Report on the lunatic asylums under the Government of Bombay - 1904-1913
Year: 1904
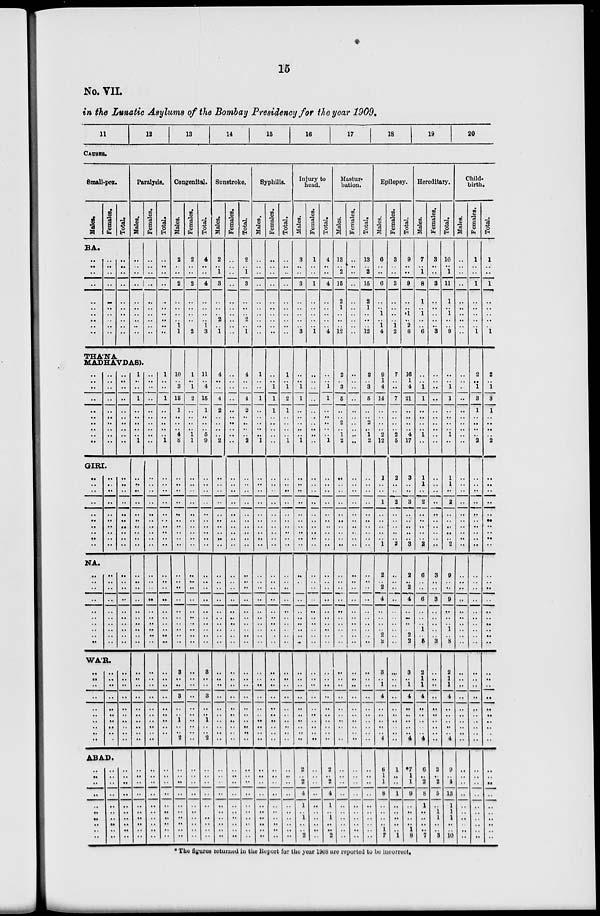
15
No. VII.
in the Lunatic Asylums of the Bombay Presidency for the year 1909.
11
12
13
14
15
16
17
18
19
20
CAUSES.
Small-pox.
Males.
BA.
..
..
..
..
..
..
..
..
..
..
Females.
..
..
..
..
..
..
..
..
..
..
Total.
..
..
..
..
..
..
..
..
..
..
Paralysis.
Males.
..
..
..
..
..
..
..
..
..
..
THÁNA
MADHAVDAS).
..
..
..
..
..
.. ..
..
..
..
..
..
..
..
..
..
..
..
..
..
..
..
..
..
..
..
..
..
..
..
GIRI.
..
..
..
..
.. ..
..
..
..
..
..
..
..
..
..
.. ..
..
..
..
..
..
..
..
..
..
.. ..
..
..
..
..
..
NA.
..
..
..
..
..
..
..
..
..
..
..
..
..
..
..
..
..
..
..
..
..
..
..
..
..
..
..
..
..
..
WÁR.
..
..
..
..
..
..
..
..
..
..
..
..
..
..
..
..
..
..
..
..
..
..
..
..
..
..
..
..
..
..
ABAD.
..
..
..
..
..
..
..
..
..
..
..
..
..
..
..
..
..
..
..
..
..
..
..
..
..
..
..
..
..
..
1
..
..
1
..
..
..
..
..
1
..
..
..
..
.. ..
..
..
..
..
..
..
..
..
..
..
..
..
..
..
..
..
..
..
..
..
..
..
..
..
..
..
..
..
..
..
..
..
..
..
..
Females.
..
..
..
..
..
..
..
..
..
..
..
..
..
..
..
..
..
..
..
..
..
..
..
..
.. ..
..
..
..
..
..
..
..
..
..
..
..
..
..
..
..
..
..
..
..
..
..
..
..
..
..
..
..
..
..
..
..
..
..
..
..
Total.
..
..
..
..
..
..
..
..
..
..
1
..
..
1
..
..
..
..
1
..
..
..
..
.. ..
..
..
..
..
..
..
..
..
..
..
..
..
..
..
..
..
..
..
..
..
..
..
..
..
..
..
..
..
..
..
..
..
..
..
..
Congenital.
Males.
2
..
..
2
..
..
..
..
1
1
10
..
3
13
1
..
..
.. 4
8
..
..
..
..
.. ..
..
..
..
..
..
..
..
..
..
..
..
..
..
..
..
3
..
..
3
..
..
1
..
..
2
..
..
..
..
..
..
..
..
..
..
Females.
2
..
..
2
..
..
..
..
..
2
1
..
1
2
..
..
..
.. 1
1
..
..
..
..
.. ..
..
..
..
..
..
..
..
..
..
..
..
..
..
..
..
..
..
..
..
..
..
..
..
..
..
..
..
..
..
..
..
..
..
..
..
Total.
4
..
..
4
..
..
..
..
1
3
11
..
4
15
1
..
..
.. 5
9
..
..
..
..
.. ..
..
..
..
..
..
..
..
..
..
..
..
..
..
..
..
3
..
..
3
..
..
1
..
..
2
..
..
..
..
..
..
..
..
..
..
Sunstroke.
Males.
2
..
1
3
..
..
..
2
..
1
4
..
..
4
2
..
..
..
..
2
..
..
..
..
.. ..
..
..
..
..
..
..
..
..
..
..
..
..
..
..
..
..
..
..
..
..
..
..
..
..
..
..
..
..
..
..
..
..
..
..
..
Females.
..
..
..
..
..
..
..
..
..
..
..
..
..
..
..
..
..
..
..
..
..
..
..
..
.. ..
..
..
..
..
..
..
..
..
..
..
..
..
..
..
..
..
..
..
..
..
..
..
..
..
..
..
..
..
..
..
..
..
..
..
..
Total.
2
..
1
3
..
..
..
2
..
1
4
..
..
4
2
..
..
..
..
2
..
..
..
..
.. ..
..
..
..
..
..
..
..
..
..
..
..
..
..
..
..
..
..
..
..
..
..
..
..
..
..
..
..
..
..
..
..
..
..
..
..
Syphilis.
Males.
..
..
..
..
..
..
..
..
..
..
1
..
..
1
..
..
..
..
..
1
..
..
..
..
.. ..
..
..
..
..
..
..
..
..
..
..
..
..
..
..
..
..
..
..
..
..
..
..
..
..
..
..
..
..
..
..
..
..
..
..
..
Females.
..
..
..
..
..
..
..
..
..
..
..
..
1
1
1
..
..
..
..
..
..
..
..
..
.. ..
..
..
..
..
..
..
..
..
..
..
..
..
..
..
..
..
..
..
..
..
..
..
..
..
..
..
..
..
..
..
..
..
..
..
..
Total.
..
..
..
..
..
..
..
..
..
..
1
..
1
2
1
..
..
..
..
1
..
..
..
..
.. ..
..
..
..
..
..
..
..
..
..
..
..
..
..
..
..
..
..
..
..
..
..
..
..
..
..
..
..
..
..
..
..
..
..
..
..
Injury to
head.
Males.
3
..
..
3
..
..
..
..
..
3
..
..
1
1
..
..
..
..
..
1
..
..
..
..
.. ..
..
..
..
..
..
..
..
..
..
..
..
..
..
.. ..
..
..
..
..
..
..
..
..
..
..
2
..
2
4
1
..
1
..
.. 2
Females.
1
..
..
1
..
..
..
..
..
1
..
..
..
..
..
..
..
..
..
..
..
..
..
..
.. ..
..
..
..
..
..
..
..
..
..
..
..
..
..
..
..
..
..
..
..
..
..
..
..
..
..
..
..
..
..
..
..
..
..
..
..
Total.
4
..
..
4
..
..
..
..
..
4
..
..
1
1
..
..
..
..
..
1
..
..
..
..
.. ..
..
..
..
..
..
..
..
..
..
..
..
..
..
..
..
..
..
..
..
..
..
..
..
..
..
2
..
2
4
1
..
1
..
.. 2
Mastur-
bation.
Males.
13
..
2
15
2
1
..
..
..
12
2
..
3
5
..
.. 2
.. 1
2
..
..
..
..
.. ..
..
..
..
..
..
..
..
..
..
..
..
..
..
..
..
..
..
..
..
..
..
..
..
..
..
..
..
..
..
..
..
..
..
..
..
Females.
..
..
..
..
..
..
..
..
..
..
..
..
..
..
..
..
..
.. ..
..
..
..
..
..
.. ..
..
..
..
..
..
..
..
..
..
..
..
..
..
..
..
..
..
..
..
..
..
..
..
..
..
..
..
..
..
..
..
..
..
..
..
Total.
13
..
2
15
2
1
..
..
..
12
2
..
3
5
..
.. 2
.. 1
2
..
..
..
..
.. ..
..
..
..
..
..
..
..
..
..
..
..
..
..
..
..
..
..
..
..
..
..
..
..
..
..
..
..
..
..
..
..
..
..
..
..
Epilepsy.
Males.
6
..
..
6
..
..
1
..
1
4
9
1
4
14
..
..
..
.. 2
12
1
..
..
1
.. ..
..
..
..
.. 1
2
.. 2
4
..
..
..
..
2
2
3
..
1
4
..
..
..
..
..
4
6
1
1
8
..
..
..
..
1
7
Females.
3
..
..
3
..
..
..
..
1
2
7
..
..
7
..
..
..
.. 2
5
2
..
..
2
.. ..
..
..
..
.. 2
..
..
..
..
..
..
..
..
..
..
..
..
..
..
..
..
..
..
..
..
1
..
..
1
..
..
..
..
..
1
Total.
9
..
..
9
..
..
1
..
2
6
16
1
4
21
..
..
..
.. 4
17
3
..
..
3
.. ..
..
..
..
.. 3
2
.. 2
4
..
..
..
..
2
2
3
..
1
4
..
..
..
..
..
4
*7
1
1
9
..
..
..
..
1
8
Hereditary.
Males.
7
..
1
8
1
..
1
..
..
6
..
..
1
1
..
..
..
.. 1
..
1
1
..
2
.. ..
..
..
..
.. 2
6
..
..
6
..
..
..
1
.. 5
2
1
1
4
..
..
..
..
..
4
6
..
2
8
1
..
..
..
.. 7
Females.
3
..
..
3
..
..
..
..
..
3
..
..
..
..
..
..
..
.. ..
..
..
..
..
..
.. ..
..
..
..
.. ..
3
..
..
3
..
..
..
..
.. 3
..
..
..
..
..
..
..
..
..
..
3
..
2
5
..
1
1
..
.. 3
Total.
10
..
1
11
1
..
1
..
..
9
..
..
1
1
..
..
..
.. 1
..
1
1
..
2
.. ..
..
..
..
.. 2
9
..
..
9
..
..
..
1
.. 8
2
1
1
4
..
..
..
..
..
4
9
..
4
13
1
1
1
..
.. 10
Child-
birth.
Males.
..
..
..
..
..
..
..
..
..
..
..
..
..
..
..
..
..
..
..
..
..
..
..
..
.. ..
..
..
..
..
..
..
..
..
..
..
..
..
..
..
..
..
..
..
..
..
..
..
..
..
..
..
..
..
..
..
..
..
..
..
..
Females.
1
..
..
1
..
..
..
..
..
1
2
..
1
3
1
..
..
..
..
2
..
..
..
..
.. ..
..
..
..
..
..
..
..
..
..
..
..
..
..
..
..
..
..
..
..
..
..
..
..
..
..
..
..
..
..
..
..
..
..
..
..
Total.
1
..
..
1
..
..
..
..
..
1
2
..
1
3
1
..
..
..
..
2
..
..
..
..
.. ..
..
..
..
..
..
..
..
..
..
..
..
..
..
..
..
..
..
..
..
..
..
..
..
..
..
..
..
..
..
..
..
..
..
..
..
* The figures returned in the Report for the year 1908 are reported to be incorrect.